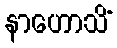
နာဟောသိံ